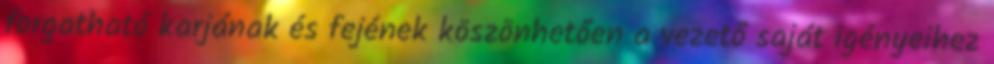
forgatható karjának és fejének köszönhetően a vezető saját igényeihez